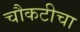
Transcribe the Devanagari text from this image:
चौकटीचा